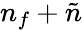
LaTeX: n_{f}+\tilde{n}